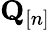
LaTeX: \mathbf Q_{[n]}